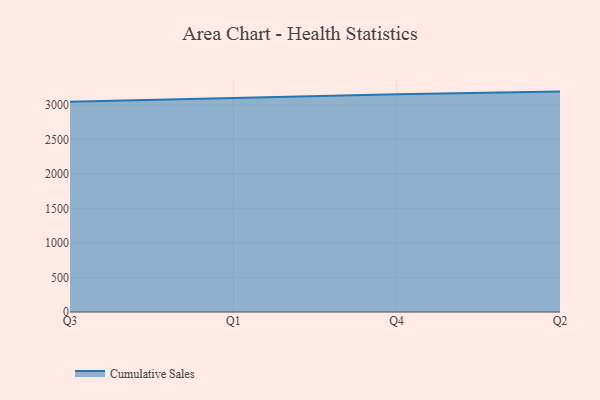
{"axis": {"x": "Quarter", "y": "Gross Profit (USD K)"}, "legend": ["Cumulative Sales"], "data": [{"x": "Q3", "y": 3046.2, "type": "Cumulative Sales"}, {"x": "Q1", "y": 3103.7, "type": "Cumulative Sales"}, {"x": "Q4", "y": 3153.7, "type": "Cumulative Sales"}, {"x": "Q2", "y": 3192.4, "type": "Cumulative Sales"}]}